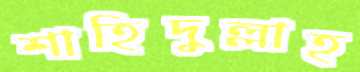
শাহিদুল্লাহ